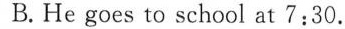
B.He goes to school at 7:30.